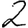
Digit: 2